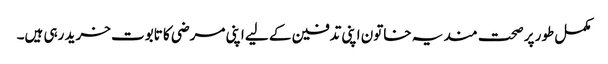
مکمل طور پر صحت مند یہ خاتون اپنی تدفین کے لیے اپنی مرضی کا تابوت خرید رہی ہیں۔